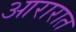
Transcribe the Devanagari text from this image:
आरारात